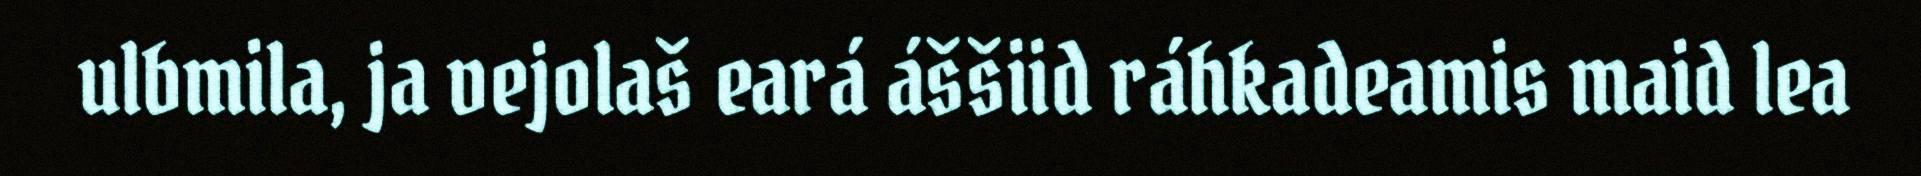
ulbmila, ja vejolaš eará áššiid ráhkadeamis maid lea